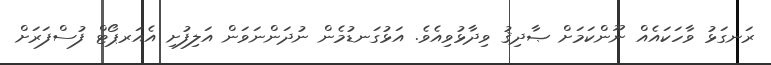
ރަނގަޅު ވާހަކައެއް ނޫންކަމަށް ޞާދިޤު ވިދާޅުވިއެވެ. އަޅުގަނޑުމެން ނުދަންނަވަން އަލިފުށި އެއަރޕޯޓް ފުސްފަރަށް